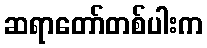
ဆရာတော်တစ်ပါးက